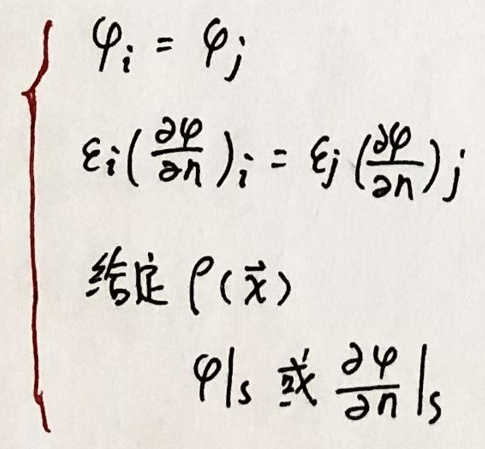
\begin{align*}
\varphi_i &= \varphi_j\\
\varepsilon_i\left(\frac{\partial \varphi}{\partial n}\right)_i &= \varepsilon_j\left(\frac{\partial \varphi}{\partial n}\right)_j\\
\mathrm{给定}\rho(x)\\
\varphi|_S \mathrm{或}\frac{\partial \varphi}{\partial n}|_S
\end{align*}